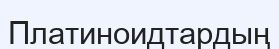
Платиноидтардың